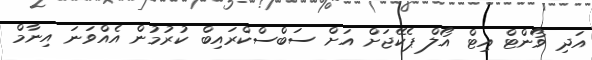
އަދި ވޯންޓް އިޓް އޯލް ޕެކޭޖަށް އަށް ސަބްސްކްރައިބް ކުރުމުން އެއްވަނަ އިނާމް